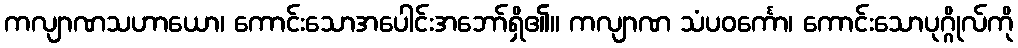
ကလျာဏသဟာယော၊ ကောင်းသောအပေါင်းအဘော်ရှိ၏။ ကလျာဏ သံပဝင်္ကော၊ ကောင်းသောပုဂ္ဂိုလ်ကို